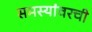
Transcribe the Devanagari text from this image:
समस्यांवरची